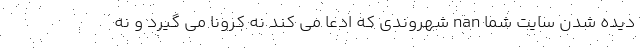
دیده شدن سایت شما nan شهروندی که ادعا می کند نه کرونا می گیرد و نه